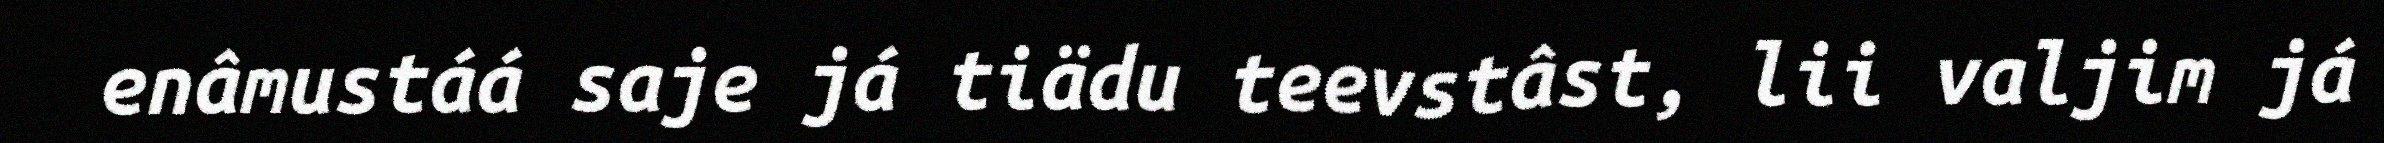
enâmustáá saje já tiädu teevstâst, lii valjim já